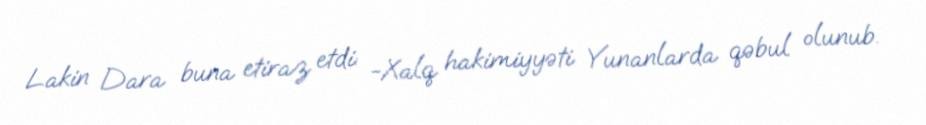
Lakin Dara buna etiraz etdi: -Xalq hakimiyyəti Yunanlarda qəbul olunub.